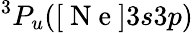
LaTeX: ^3P_{u}([\mathrm{~N~e~}]3s3p)